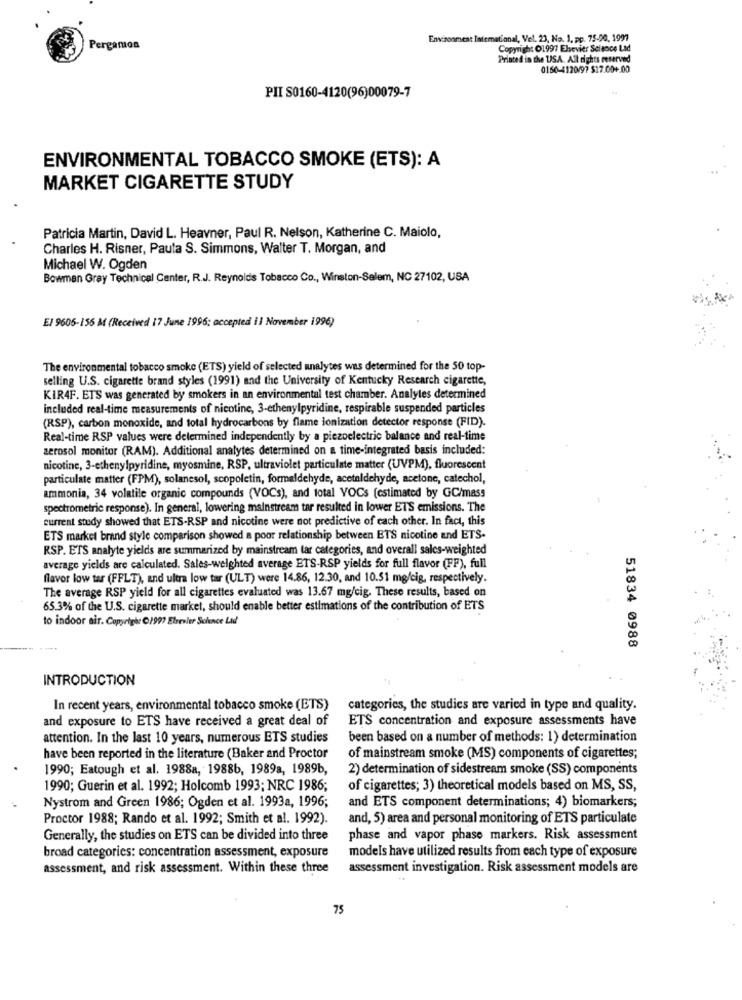
Environment latemational, Vel. 23, No. 1, pp. 75-90, 1997
Pergamon
Copyright 01997 Elsevier Science Lad
Printed in the USA. All rights reserved
0160-4120/97 $17.00+.00
PII S0160-4120(96)00079-7
ENVIRONMENTAL TOBACCO SMOKE (ETS): A
MARKET CIGARETTE STUDY
Patricia Martin, David L. Heavner, Paul R. Nelson, Katherine C. Maiolo,
Charles H. Risner, Pauta S. Simmons, Walter T. Morgan, and
Michael W. Ogden
Bowman Gray Technical Center, R.J. Reynolds Tobacco Co ., Winston-Salem, NC 27102, USA
El 9606-156 M (Received 17 June 1996; accepted il November 1996)
The environmental tobacco smoke (ETS) yield of selected analytes was determined for the 50 top-
selling U.S. cigarette brand styles (1991) and the University of Kentucky Research cigarette,
KIR4F. ETS was generated by smokers in an environmental test chamber. Analyles determined
included real-time measurements of nicotine, 3-ethenylpyridine, respirable suspended particles
(RSP), carbon monoxide, and total hydrocarbons by flame ionization detector response (FID).
Real-time RSP values were determined independently by a piezoelectric balance and real-time
zerosol monitor (RAM). Additional analytes determined on a time-integrated basis included:
nicotine, 3-ethenylpyridine, myosmine, RSP, ultraviolet particulate matter (UVPM), fluorescent
particulate matter (FPM), solanesol, scopoletin, formaldehyde, acetaldehyde, acetone, catechol,
ammonia, 34 volatile organic compounds (VOCs), and total VOCs (estimated by GC/mass
spectrometric response). In general, lowering mainstream tar resulted in lower ETS emissions. The
current study showed that ETS-RSP and nicotine were not predictive of each other. In fact, this
ETS market brand style comparison showed a poor relationship between ETS nicotine and ETS.
RSP. ETS analyte yields are summarized by mainstream tar categories, and overall sales-weighted
average yields are calculated. Sales-weighted average ETS-RSP yields for full flavor (FF), full
flavor low tar (FFLT), and ultra low tar (ULT) were 14.86, 12.30, and 10.51 mg/cig, respectively.
The average RSP yield for all cigarettes evaluated was 13.67 mg/cig. These results, based on
65.3% of the U.S. cigarette market, should enable better estimations of the contribution of ETS
to indoor air. Copyright 1997 Elsevier Science Lad
51834 0988
INTRODUCTION
In recent years, environmental tobacco smoke (ETS)
categories, the studies are varied in type and quality.
and exposure to ETS have received a great deal of
ETS concentration and exposure assessments have
attention. In the last 10 years, numerous ETS studies
been based on a number of methods: 1) determination
have been reported in the literature (Baker and Proctor
of mainstream smoke (MS) components of cigarettes;
1990; Eatough et al. 1988a, 19886, 1989a, 1989b,
2) determination of sidestream smoke (SS) components
1990; Guerin et al. 1992; Holcomb 1993; NRC 1986;
of cigarettes; 3) theoretical models based on MS, SS,
and ETS component determinations; 4) biomarkers;
Nystrom and Green 1986; Ogden et al. 1993a, 1996;
Proctor 1988; Rando et al. 1992; Smith et al. 1992).
and, 5) area and personal monitoring of ETS particulate
Generally, the studies on ETS can be divided into three
phase and vapor phase markers. Risk assessment
broad categories: concentration assessment, exposure
models have utilized results from each type of exposure
assessment, and risk assessment. Within these three
assessment investigation. Risk assessment models are
75